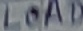
Text: LOAD